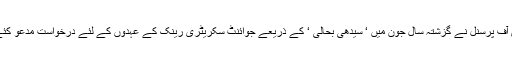
منسٹری آف پرسنل نے گزشتہ سال جون میں ‘ سیدھی بحالی ‘ کے ذریعے جوائنٹ سکریٹری رینک کے عہدوں کے لئے درخواست مدعو کئے تھے۔